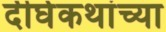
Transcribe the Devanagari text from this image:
दीर्घकथांच्या